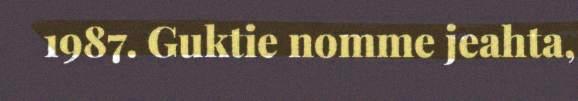
1987. Guktie nomme jeahta,